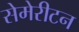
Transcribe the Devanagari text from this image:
सेमेरीटन